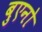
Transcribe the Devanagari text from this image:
बुएनो